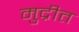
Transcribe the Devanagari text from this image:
मुद्रीत